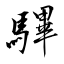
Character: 驆